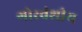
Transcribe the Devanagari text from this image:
गोरवंशीय